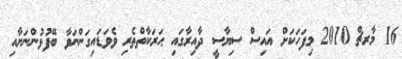
16 މާރޗް 2010 މިފަހަކަށް އައިސް ސިޔާސީ ދާއިރާގައި ޙަރަކާތްތެރި ވެވަޑައިގަންނަވާ ބޭފުޅުންނަށާއި